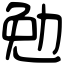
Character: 勉